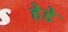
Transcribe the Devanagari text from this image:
हेडे